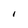
Character: I